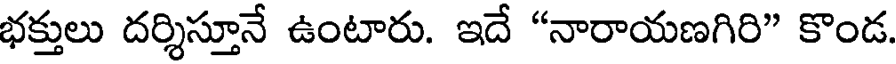
భక్తులు దర్శిస్తూనే ఉంటారు. ఇదే "నారాయణగిరి" కొండ.